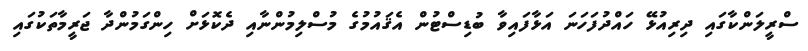
ސްރީލަންކާގައި ދިރިއުޅޭ ހައްދުފަހަނަ އަޅާފައިވާ ބުޑިސްޓުން އެޤައުމުގެ މުސްލިމުންނާއި ދެކޮޅަށް ހިންގަމުންދާ ޖަރީމާތަކުގައި